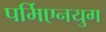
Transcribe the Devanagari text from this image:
पर्मिएनयुग